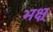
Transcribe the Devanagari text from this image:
भक्ष्